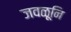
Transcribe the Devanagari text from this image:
जवळूनि